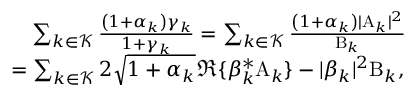
\begin{array} { r l } & { \quad \sum _ { k \in \mathcal { K } } \frac { \left( 1 + \alpha _ { k } \right) \gamma _ { k } } { 1 + \gamma _ { k } } = \sum _ { k \in \mathcal { K } } \frac { \left( 1 + \alpha _ { k } \right) | \mathrm { A } _ { k } | ^ { 2 } } { \mathrm { B } _ { k } } } \\ & { = \sum _ { k \in \mathcal { K } } 2 \sqrt { 1 + \alpha _ { k } } \Re \{ { \beta } _ { k } ^ { \ast } \mathrm { A } _ { k } \} - | { \beta } _ { k } | ^ { 2 } \mathrm { B } _ { k } , } \end{array}